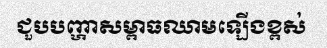
ជួបបញ្ហាសម្ពាធឈាមឡើងខ្ពស់